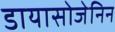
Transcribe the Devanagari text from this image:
डायासोजेनिन